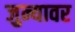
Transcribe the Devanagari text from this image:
जुन्यावर